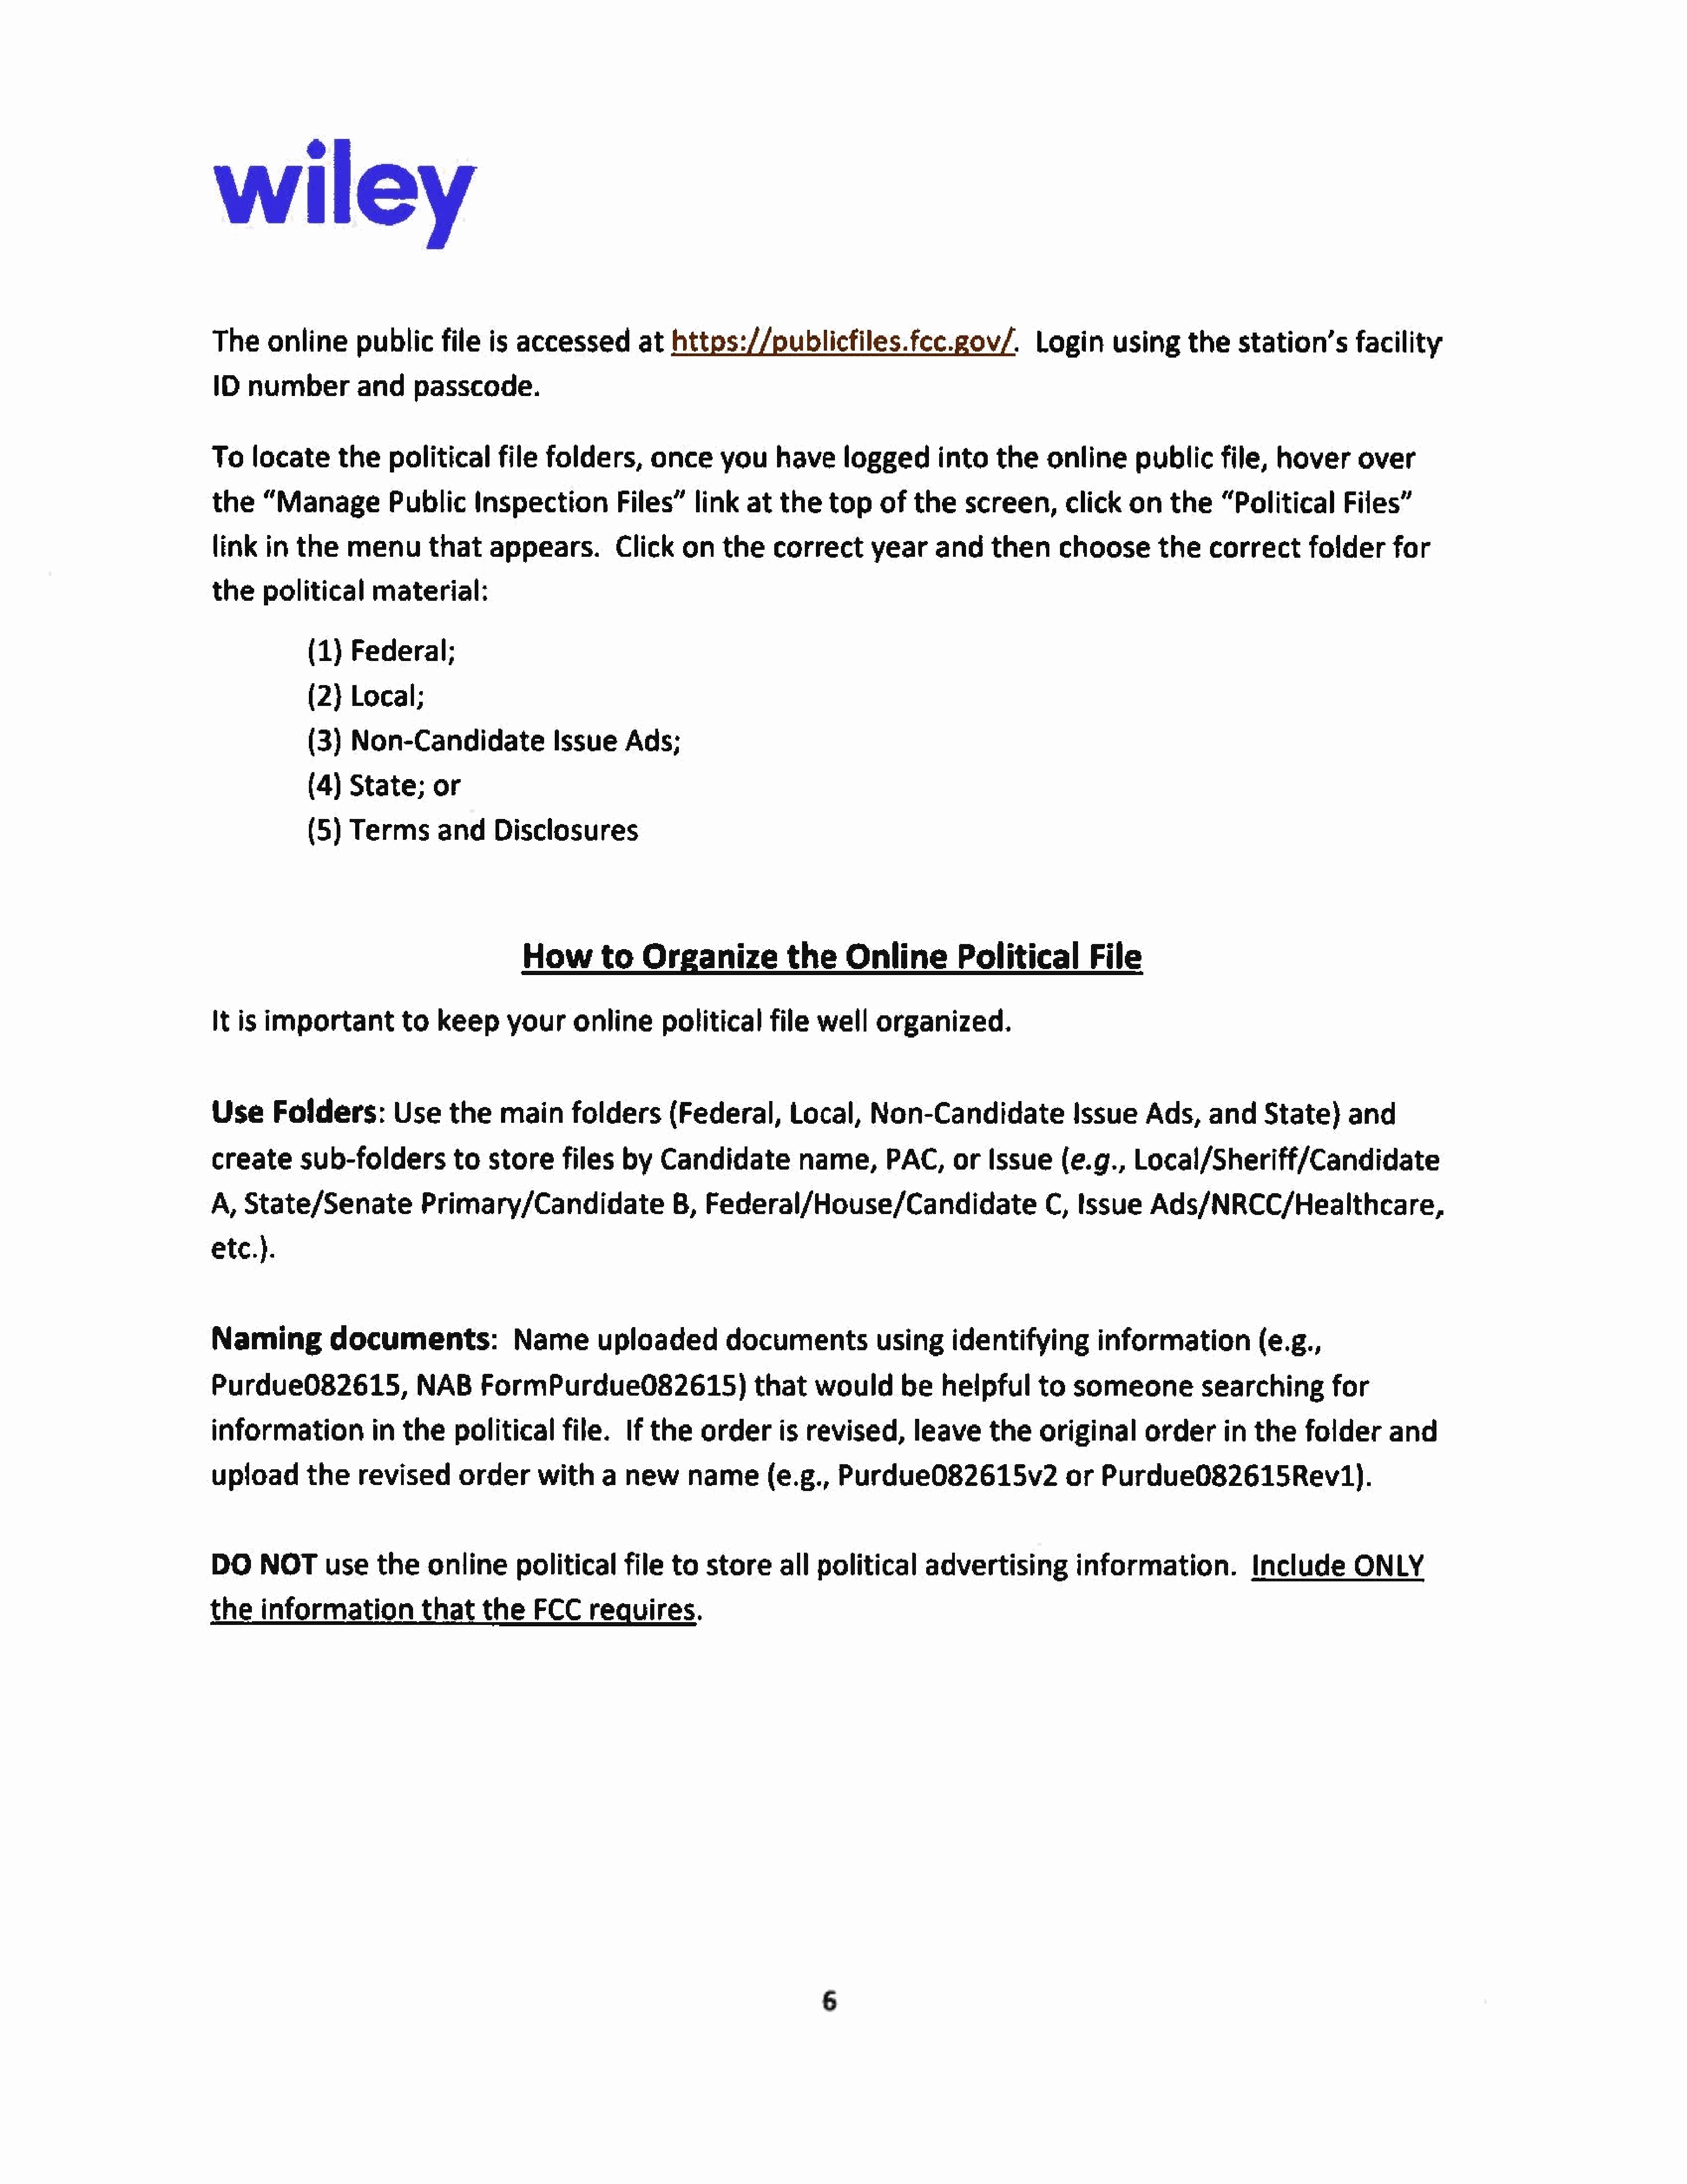
wiley
 The     online       public      file   is  accessed         at   https://publicfiles.fcc.gov/.                       Login      using      the    station’s        facility
 ID   number       and       passcode.
 To    locate      thepolitical           file   folders,       once      you     have      logged       into    the     online      public       file,   hover      over
 the     “Manage           Public      Inspection       Files”        link    at   the   top     of   the    screen,       click    on    the     “Political       Files”
 link   in  the     menu       that     appears.          Click     on   the     correct       year     and     then      choose        the    correct       folder    for
 the     political      material:
 (1)   Federal;
 (2)   Local;
 (3)   Non-Candidate                Issue     Ads;
 (4)   State;      or
 (5)   Terms        and     Disclosures
 How        to    Organize             the     Online          Political          File
 It is  important          to    keep     your    online         political      file   well    organized.
 Use      Folders:         Use     the     main      folders       (Federal,        Local,      Non-Candidate                Issue     Ads,     and     State)      and
 create       sub-folders           to   storefiles         by   Candidate           name,        PAC,or      Issue        (e.g.,    Local/Sheriff/Candidate
 A,   State/Senate             Primary/Candidate                   B,   Federal/House/Candidate                          C,  Issue     Ads/NRCC/Healthcare,
 etc.).
 Naming           documents:                 Name        uploaded          documentsusing                  identifying          information            (e.g.,
 Purdue082615,                 NAB      FormPurdue082615)                      that    would        be    helpful      to    someone        searching            for
 information         in      the    political      file.     If the    order       is revised,        leave     the     original       order      in  the     folder      and
 upload        the    revised        order      with     a   new     name(e.g.,            Purdue082615v2                  or    Purdue082615Rev1).
 DO     NOTusetheonlinepolitical                          file     to   store      all  political      advertising           information.             Include        ONLY
 the    information            that     the    FCC     requires.